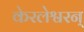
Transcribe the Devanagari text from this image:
केरलेश्वरन्